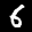
Label: 6